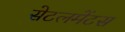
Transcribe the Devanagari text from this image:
सेटलमेंटस